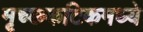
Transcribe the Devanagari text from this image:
मृच्छकटिकमध्ये